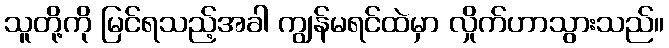
သူတို့ကို မြင်ရသည့်အခါ ကျွန်မရင်ထဲမှာ လှိုက်ဟာသွားသည်။